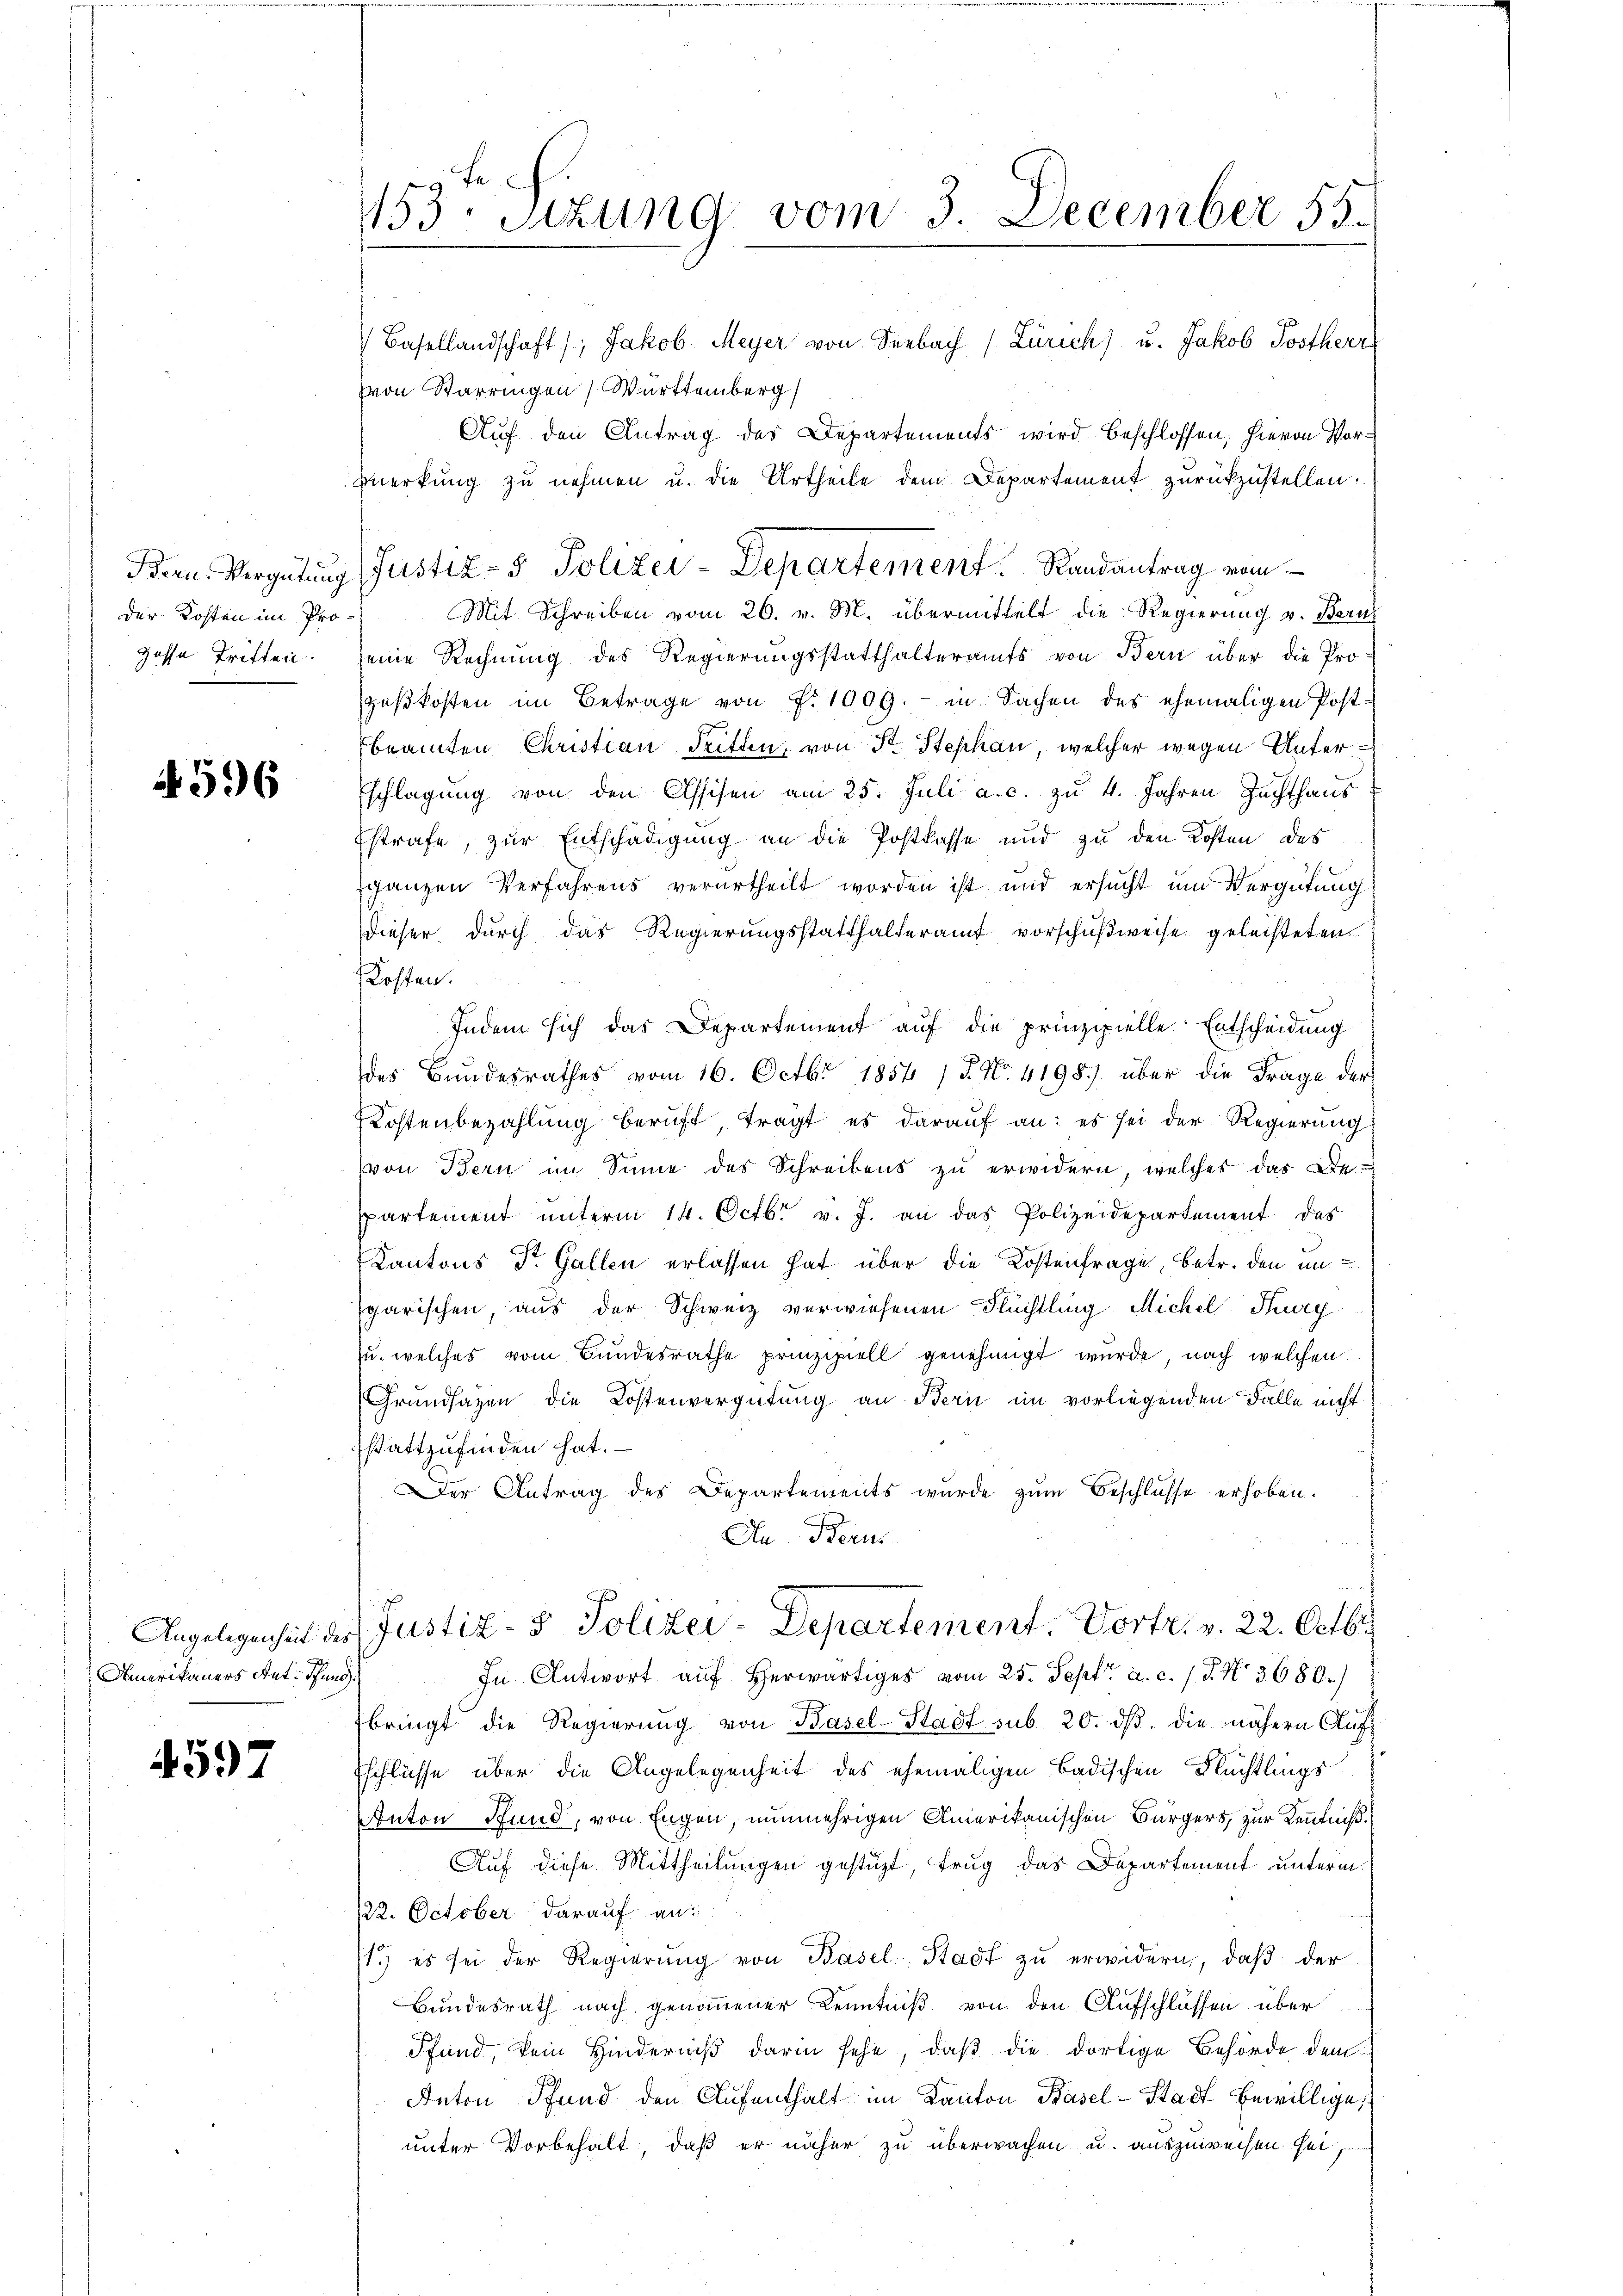
der Kosten im Progasse Triften:

4596

Amerikaners Ant: Pfund

4597

153. Sizung vom 3. December 55.

Basellandschaft), Jakob Meyer von Seebach (Zürich) u. Jakob Postherr
Von Starringen Württemberg
Auf den Antrag des Departements wird beschlossen, hievon Vor¬
Merkung zu nehmen u. die Urtheile dem Departement zurückzustellen.
Bern. Vergütung Justiz- & Polizei-Departement. Randantrag vom
Mit Schreiben vom 26. v. M. übermittelt die Regierung v. Berns
seine Rechnung des Regierungsstatthalteramts von Bern über die Pro-
geßkosten im Betrage von f. 1909. in Sachen des ehemaligen Postbeamten Christian Tritten, von St. Stephan, welcher wegen Unter¬
Eschlagung von den Assisen am 25. Juli a. c. zu 4. Jahren Zuchthaus
Estrafe, zur Entschädigung an die Postkasse und zu den Kosten des
ganzen Verfahrens verurtheilt worden ist und ersucht um Vergütung
dieser dŭrch das Regierŭngsstatthalteramt vorschŭβweise geleisteten
Kosten.
Indem sich das Departement auf die prinzipielle Entscheidung
des Bundesrathes vom 16. Octbr 1854 / 5. No. 4198) über die Frage der
Kostenbezahlŭng beruft, tragt es darauf an: es sei der Regierŭng
von Bern im Sinne des Schreibens zu erwidern, welches das Despartement ŭnterm 14. Octbr. v. J. an das Polizeidepartement des
Kantons Dr. Gallen erlassen hat über die Kostenfrage, betr. den ungarischen, aus der Schweiz verwiesenen Flüchtling Michel Fug
u. welches vom Bundesrathe prinzipiell genehmigt wurde, nach welchen
Grundsazen die Kostenvergütung an Bern im vorliegenden Falle nicht
sstattzufinden hat.
er Antrag des Departements wurde zum Beschlüsse erhoben.
An Bern
Angelegenheit des Justiz- & Polizei-Departement. Vortr. v. 22. Octbr.
In Antwort auf herwärtiges vom 25. Sept. a. c. 1 P. Nr. 3680.)
fbringt die Regierung von Basel-Stadt sub 20. dß. die nähern Auff
Eschlüsse über die Angelegenheit des ehemaligen Badischen Flüchtlings
Anton Fund, von Engen, nunmehrigen Amerikanischen Bürgers, zur Kenntniß.
Auf diese Mittheilungen gestüzt, trug das Departement unterm
122. October darauf an:
1.) es sei der Regierŭng von Basel-Stadt zŭ erwidern, daβ der
Bundesrath nach genommener Kenntniß von den Aufschlüssen über
Pfand, kein Hinderniß darin sehe, daß die dortige Behörde dem
Anton Pfand den Aufenthalt im Kanton Basel-Stadt bewillige
unter Vorbehalt, daß er näher zu überwachen u. auszuweisen sei,